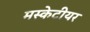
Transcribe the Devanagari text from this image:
मस्केटीयर